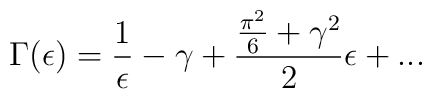
\Gamma(\epsilon) = \frac{1}{\epsilon} - \gamma + \frac{\frac{\pi^2}{6} + {\gamma}^2}{2}\epsilon + ...